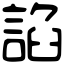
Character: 諂